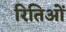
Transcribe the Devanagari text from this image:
रितिओं